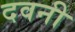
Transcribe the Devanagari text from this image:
दवनी